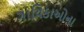
ગાયિકાઓના